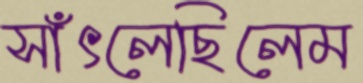
সাঁৎলেছিলেম